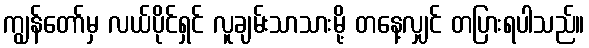
ကျွန်တော်မှ လယ်ပိုင်ရှင် လူချမ်းသာသားမို့ တနေ့လျှင် တပြားရပါသည်။